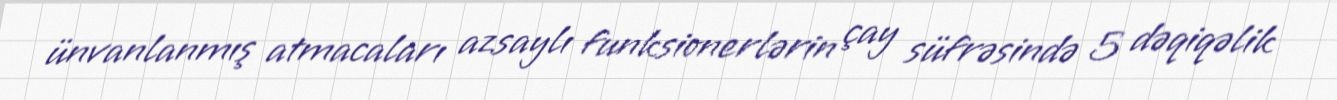
ünvanlanmış atmacaları azsaylı funksionerlərin çay süfrəsində 5 dəqiqəlik